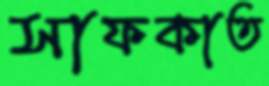
সাফকাত